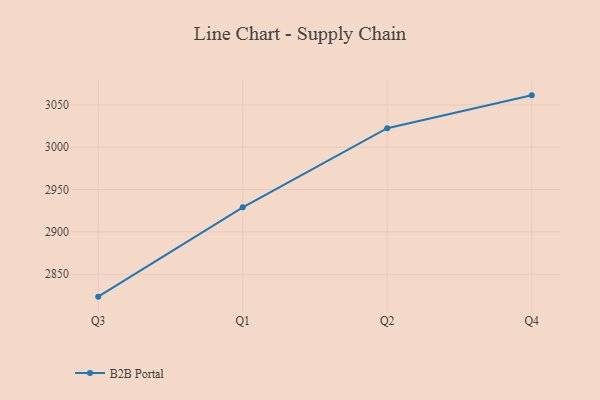
{"axis": {"x": "Quarter", "y": "Humidity (%)"}, "legend": ["B2B Portal"], "data": [{"x": "Q3", "y": 2823.5, "type": "B2B Portal"}, {"x": "Q1", "y": 2929.0, "type": "B2B Portal"}, {"x": "Q2", "y": 3022.5, "type": "B2B Portal"}, {"x": "Q4", "y": 3061.3, "type": "B2B Portal"}]}